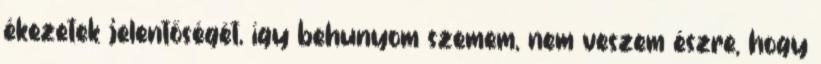
ékezetek jelentőségét, így behunyom szemem, nem veszem észre, hogy